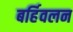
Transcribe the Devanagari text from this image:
बर्हिवलन